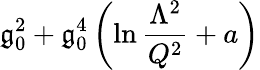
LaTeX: \mathfrak{g}_{0}^{2}+\mathfrak{g}_{0}^{4}\left(\ln{\frac{{\Lambda^{2}}}{{Q^{2}}}}+a\right)